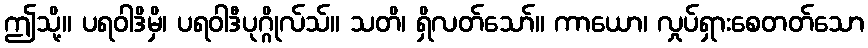
ဤသို့။ ပရဝါဒိမှိ၊ ပရဝါဒီပုဂ္ဂိုလ်သ်။ သတိ၊ ရှိလတ်သော်။ ကာယော၊ လှုပ်ရှားစေတတ်သော